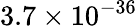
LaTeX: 3.7\times 10^{-36}